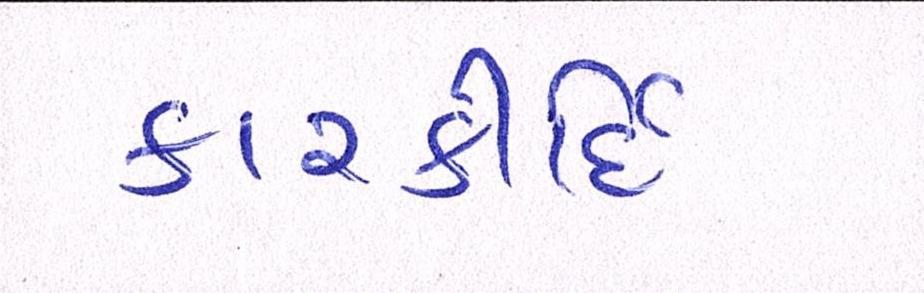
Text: કારકીર્દિ